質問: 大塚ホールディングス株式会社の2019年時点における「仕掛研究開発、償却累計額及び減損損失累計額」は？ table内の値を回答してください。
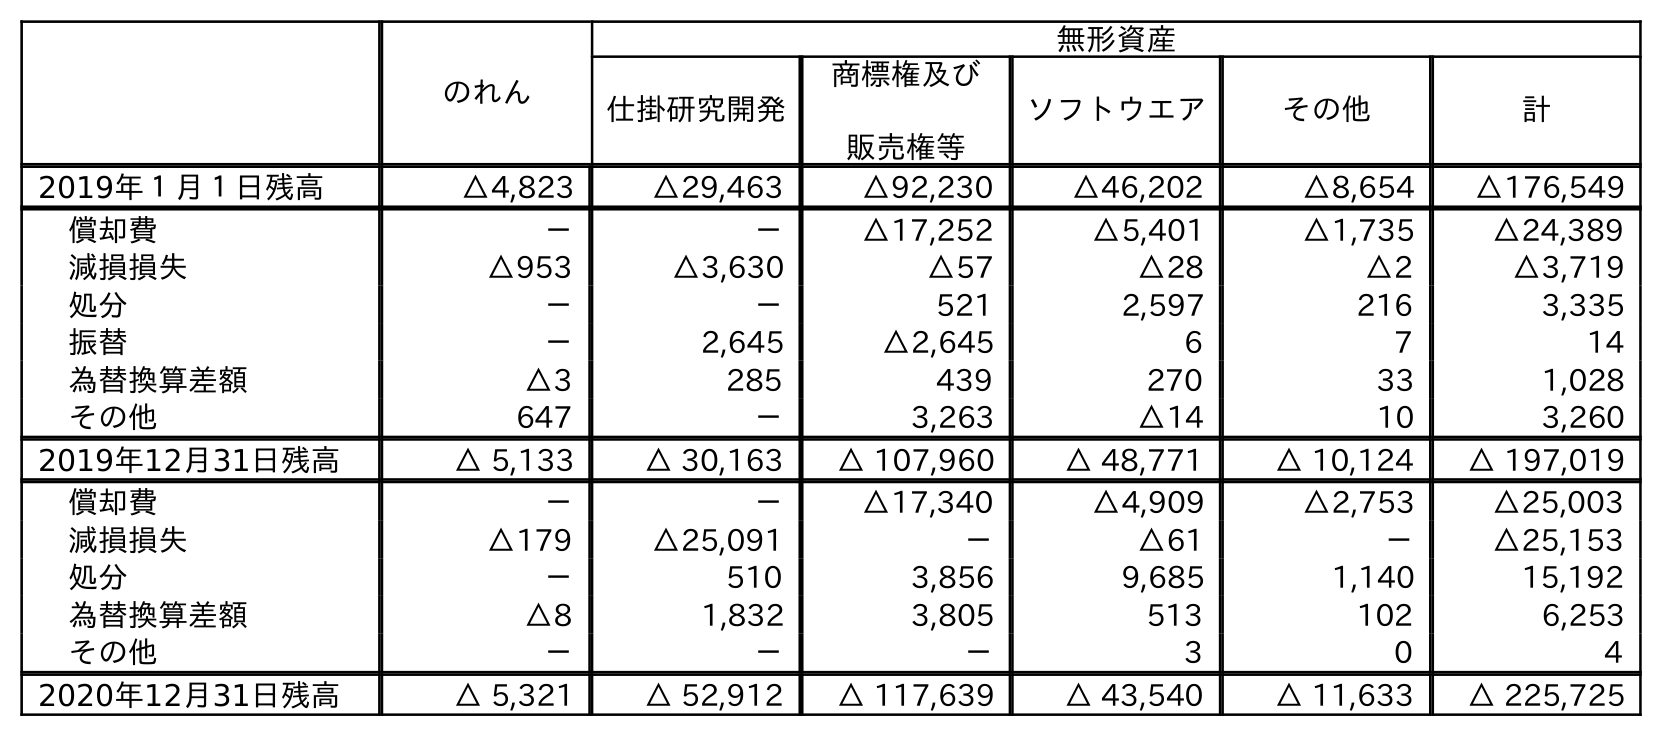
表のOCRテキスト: のれん 無形資産 仕掛研究開発 商標権及び 販売権等 ソフトウエア その他 計 2019年１月１日残高 △4,823 △29,463 △92,230 △46,202 △8,654 △176,549 償却費 － － △17,252 △5,401 △1,735 △24,389 減損損失 △953 △3,630 △57 △28 △2 △3,719 処分 － － 521 2,597 216 3,335 振替 － 2,645 △2,645 6 7 14 為替換算差額 △3 285 439 270 33 1,028 その他 647 － 3,263 △14 10 3,260 2019年12月31日残高 △ 5,133 △ 30,163 △ 107,960 △ 48,771 △ 10,124 △ 197,019 償却費 － － △17,340 △4,909 △2,753 △25,003 減損損失 △179 △25,091 － △61 － △25,153 処分 － 510 3,856 9,685 1,140 15,192 為替換算差額 △8 1,832 3,805 513 102 6,253 その他 － － － 3 0 4 2020年12月31日残高 △ 5,321 △ 52,912 △ 117,639 △ 43,540 △ 11,633 △ 225,725
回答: △30,163